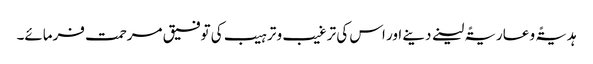
ہدیۃً و عاریۃً لینے دینے اور اس کی ترغیب و ترہیب کی توفیق مرحمت فرمائے۔